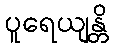
ပူရေယျန္တိ